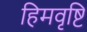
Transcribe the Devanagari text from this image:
हिमवृष्टि